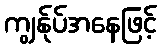
ကျွန်ုပ်အနေဖြင့်